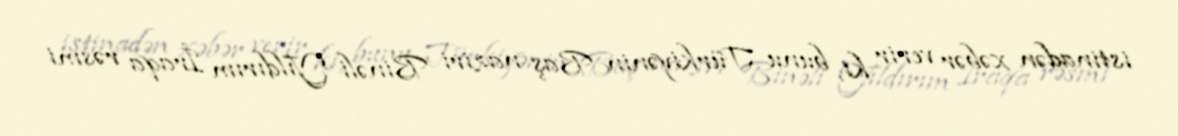
istinadən xəbər verir ki, bunu Türkiyənin Baş naziri Binəli Yıldırım İraqa rəsmi